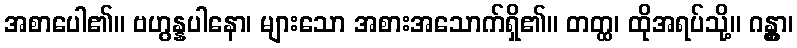
အစာပေါ၏။ ဗဟွန္နပါနော၊ များသော အစားအသောက်ရှိ၏။ တတ္ထ၊ ထိုအရပ်သို့။ ဂန္တွာ၊